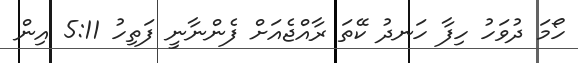
ހޯމަ ދުވަހު ހިފާ ހަނދު ކޭތަ ރާއްޖެއަށް ފެންނާނީ ފަތިހު 5:11 އިން